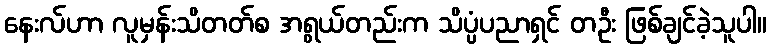
နေးလ်ဟာ လူမှန်းသိတတ်စ အရွယ်တည်းက သိပ္ပံပညာရှင် တဦး ဖြစ်ချင်ခဲ့သူပါ။